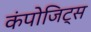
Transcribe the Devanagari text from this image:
कंपोजिट्स